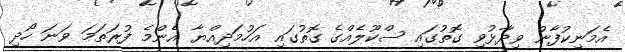
އެމަނިކުފާނު ވިދާޅުވި ގޮތުގައި ސްކޫލެއްގެ ގޮތުގައި އަހުމަދިއްޔާ އެންމެ ފުރަތަމަ ވަނަ ހޯދި